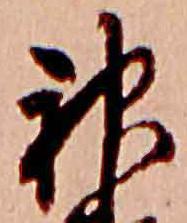
神